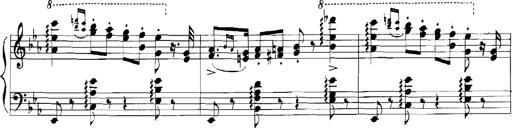
Title: Rhapsodies hongroises
Composer: Franz Liszt